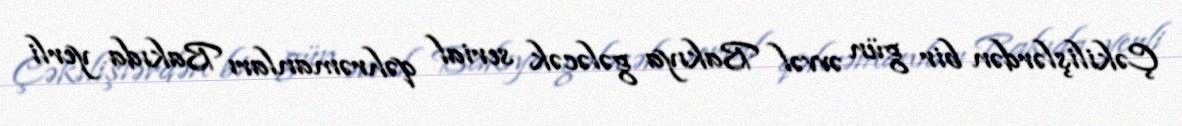
Çəkilişlərdən bir gün əvvəl Bakıya gələcək serial qəhrəmanları Bakıda yerli